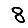
Digit: 8